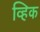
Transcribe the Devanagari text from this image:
व्हिक